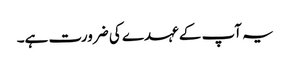
یہ آپ کے عہدے کی ضرورت ہے۔